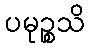
ပမုဉ္စသိ